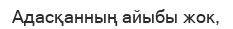
Адасқанның айыбы жок,